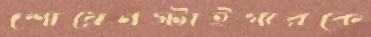
শোয়েনস্টাইগারকে